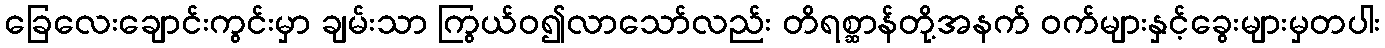
ခြေလေးချောင်းကွင်းမှာ ချမ်းသာ ကြွယ်ဝ၍လာသော်လည်း တိရစ္ဆာန်တို့အနက် ဝက်များနှင့်ခွေးများမှတပါး